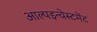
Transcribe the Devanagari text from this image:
आल्पइन्वेस्टमेंट